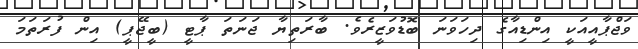
ވަޖްޕާއީއަކީ އިންޑިއާގެ ދިހަވަނަ ބޮޑުވަޒީރެވެ. ބާރަތިޔާ ޖަނަތަ ޕާޓީ (ބީޖޭޕީ) އިން ފުރަތަމަ